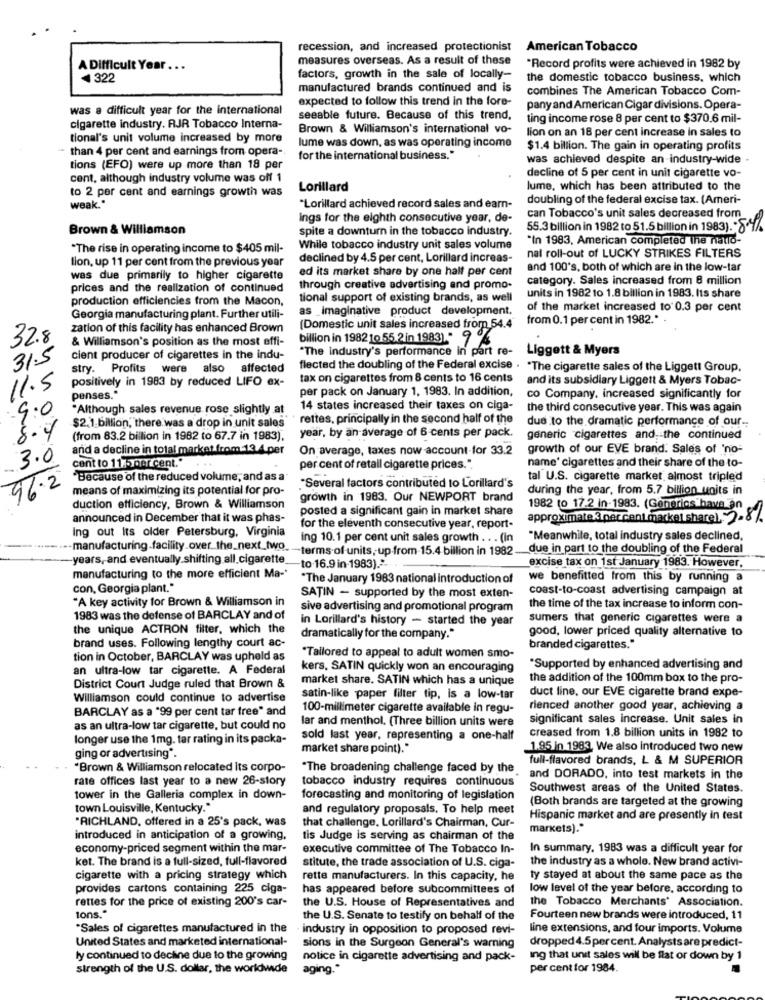
recession, and increased protectionist American Tobacco
measures overseas. As a result of these
A Difficult Year ...
"Record profits were achieved in 1982 by
+322
factors, growth in the sale of locally-
the domestic tobacco business, which
manufactured brands continued and is
combines The American Tobacco Com-
expected to follow this trend in the fore-
was a difficult year for the international
pany and American Cigar divisions. Opera-
seeable future. Because of this trend,
ting income rose 8 per cent to $370.6 mil-
cigarette industry. RJR Tobacco Interna-
Brown & Williamson's international vo-
tional's unit volume increased by more
lume was down, as was operating income
lion on an 18 per cent increase in sales to
than 4 per cent and earnings from opera-
$1.4 billion. The gain in operating profits
for the international business."
was achieved despite an industry-wide -
tions (EFO) were up more than 18 per
decline of 5 per cent in unit cigarette vo-
cent, although industry volume was off 1
to 2 per cent and earnings growth was
Lorillard
lume, which has been attributed to the
doubling of the federal excise tax. (Ameri-
weak."
"Lorillard achieved record sales and earn-
ings for the eighth consecutive year, de-
can Tobacco's unit sales decreased from
Brown & Williamson
spite a downturn in the tobacco industry.
55.3 billion in 1982 to 51.5 billion in 1983). 84%
"In 1983, American completed The natio-
"The rise in operating income to $405 mil-
While tobacco industry unit sales volume
lion, up 11 per cent from the previous year
declined by 4.5 per cent, Lorillard increas-
nat roll-out of LUCKY STRIKES FILTERS
ed its market share by one half per cent
and 100's, both of which are in the low-tar
was due primarily to higher cigarette
category. Sales increased from 8 million
prices and the realization of continued
through creative advertising and promo-
production efficiencies from the Macon,
tional support of existing brands, as well
units in 1982 to 1.8 billion in 1983. Its share
as Imaginative product development.
of the market increased to 0.3 per cent
Georgia manufacturing plant. Further utili-
from 0.1 per cent in 1982 .*
zation of this facility has enhanced Brown
(Domestic unit sales increased from_54.4
32.8
& Williamson's position as the most effi-
billion in 1982 10 55.2 in 1983). 9%
"The industry's performance in part re-
Liggett & Myers
31.5
cient producer of cigarettes in the indu-
stry. Profits were also affected
flected the doubling of the Federal excise . "The cigarette sales of the Liggett Group.
positively in 1983 by reduced LIFO ex-
tax on cigarettes from 8 cents to 16 cents
and its subsidiary Liggett & Myers Tobac-
11.5
per pack on January 1, 1983. In addition,
penses."
co Company, increased significantly for
9.0
"Although sales revenue rose slightly at
14 states increased their taxes on ciga-
the third consecutive year. This was again
$2.1 billion,"there was a drop in unit sales"
rettes, principally in the second half of the
due to the dramatic performance of our ..
8.4
(from 83.2 billion in 1982 to 67.7 in 1983).
year, by an average of 6 cents per pack.
generic cigarettes and, the continued
and a decline in total market from 13 4.per
On average, taxes now account-for 33.2
growth of our EVE brand. Sales of 'no-
3.0
cent to 11.5 per cent."
name' cigarettes and their share of the to-
per cent of retail cigarette prices.".
96.2
"Because of the reduced volume, and as a
tal U.S. cigarette market almost tripled
means of maximizing its potential for pro-
"Several factors contributed to Lorillard's
during the year, from 5.7 billion units in
growth in 1983. Our NEWPORT brand
duction efficiency, Brown & Williamson
posted a significant gain in market share
1982 to 17.2 in-1983. (Generics have an
announced in December that it was phas-
approximateX percentmarket shareL. 2.8%.
Ing out its older Petersburg, Virginia
for the eleventh consecutive year, report-
ing 10.1 per cent unit sales growth . . . (in
"Meanwhile, total industry sales declined,
.-- manufacturing.facility.over_the_next_two
-terms of units, up from-15.4 billion in 1982
due in part to the doubling of the Federal
-years, and eventually.shifting all.cigarette
to 16.9 in-1983)."-
excise tax on 1st January 1983. However,
manufacturing to the more efficient Ma-
"The January 1983 national introduction of
we benefitted from this by running a
con, Georgia plant."
coast-to-coast advertising campaign at
"A key activity for Brown & Williamson in
SATIN - supported by the most exten-
sive advertising and promotional program
the time of the tax increase to inform con-
1983 was the defense of BARCLAY and of
in Lorillard's history - started the year
summers that generic cigarettes were a
the unique ACTRON filter, which the
good, lower priced quality alternative to
dramatically for the company."
brand uses. Following lengthy court ac-
branded cigarettes."
tion in October, BARCLAY was upheld as
"Tailored to appeal to adult women smo-
an ultra-low tar cigarette. A Federal
kers, SATIN quickly won an encouraging
"Supported by enhanced advertising and
market share. SATIN which has a unique
the addition of the 100mm box to the pro-
District Court Judge ruled that Brown &
duct line, our EVE cigarette brand expe-
Williamson could continue to advertise
satin-like paper filter tip, is a low-tar
BARCLAY as a "99 per cent tar free" and
100-millimeter cigarette available in regu-
rienced another good year, achieving a
lar and menthol. (Three billion units were
significant sales increase. Unit sales in
as an ultra-low tar cigarette, but could no
creased from 1.8 billion units in 1982 to
longer use the 1mg. tar rating in its packa-
sold last year, representing a one-half
market share point)."
.1.95 in 1983. We also introduced two new
ging or advertising *.
full-flavored brands, L & M SUPERIOR
"Brown & Williamson relocated its corpo-
"The broadening challenge faced by the
rate offices last year to a new 26-story
tobacco industry requires continuous
and DORADO, into test markets in the
Southwest areas of the United States.
tower in the Galleria complex in down-
forecasting and monitoring of legislation
(Both brands are targeted at the growing
town Louisville, Kentucky."
and regulatory proposals. To help meet
"RICHLAND, offered in a 25's pack, was
that challenge. Lorillard's Chairman, Cur-
Hispanic market and are presently in test
markets)."
introduced in anticipation of a growing,
tis Judge is serving as chairman of the
economy-priced segment within the mar-
executive committee of The Tobacco In-
In summary, 1983 was a difficult year for
ket. The brand is a full-sized, full-flavored
the industry as a whole. New brand activi-
stitute, the trade association of U.S. ciga-
cigarette with a pricing strategy which
rette manufacturers. In this capacity, he
ty stayed at about the same pace as the
provides cartons containing 225 ciga-
has appeared before subcommittees of
low level of the year before, according to
rettes for the price of existing 200's car-
the U.S. House of Representatives and
the Tobacco Merchants' Association.
tons."
the U.S. Senate to testify on behalf of the
Fourteen new brands were introduced, 11
*Sales of cigarettes manufactured in the
industry in opposition to proposed revi-
line extensions, and four imports. Volume
United States and marketed international-
dropped4.5 percent. Analysts are predict-
sions in the Surgeon General's warning
ly continued to decline due to the growing
notice in cigarette advertising and pack-
ing that unit sales will be flat or down by 1
strength of the U.S. dollar, the worldwide
aging."
per cent for 1984.